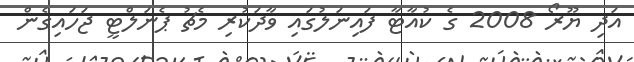
އަދި ޔޫރޯ 2008 ގެ ކުއާޓާ ފައިނަލުގައި ވާދަކުރި މެޗު ޕެނަލްޓީ ޖަހައިގެން